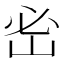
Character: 𡶇